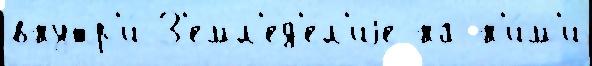
внутр'и́ З'емл'ед'е́л'иjе на н'и́м'и